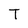
Character: T